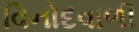
વિનોદવાળી